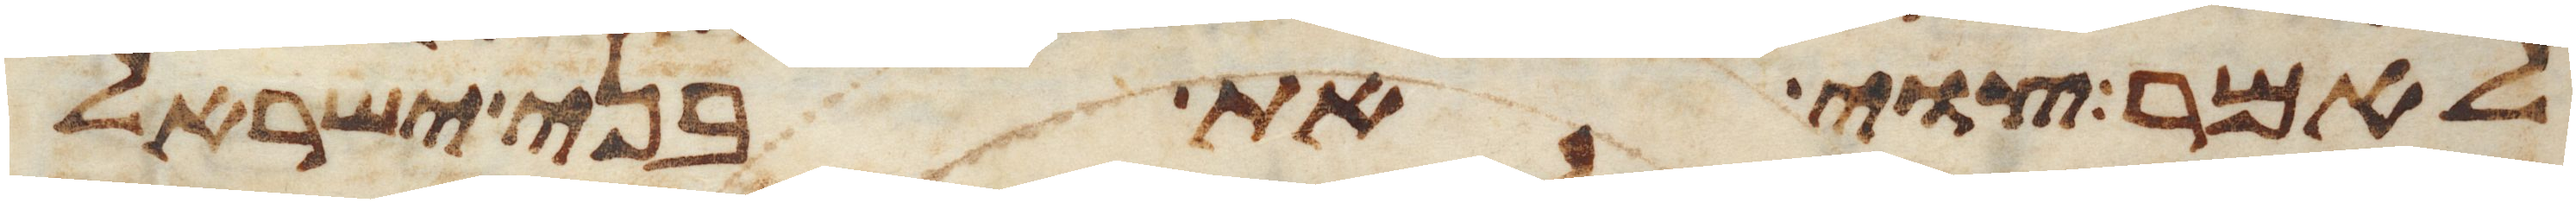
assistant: לאמר צוי את בני ישראל